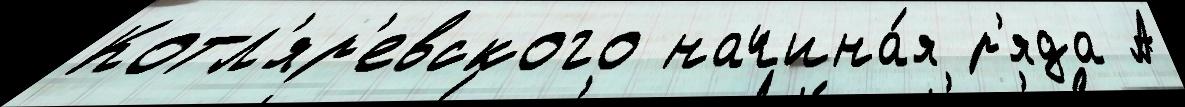
Котл'яр'евского начина́я р'яда А